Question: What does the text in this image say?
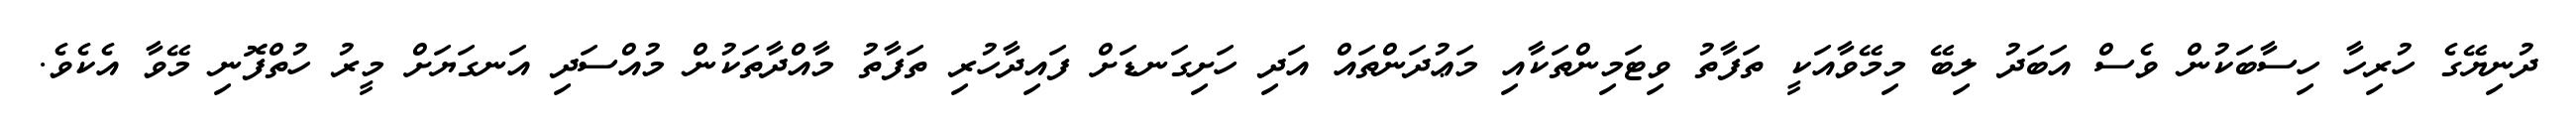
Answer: ދުނިޔޭގެ ހުރިހާ ހިސާބަކުން ވެސް އަބަދު ލިބޭ މިމޭވާއަކީ ތަފާތު ވިޓަމިންތަކާއި މަޢުދަންތައް އަދި ހަށިގަނޑަށް ފައިދާހުރި ތަފާތު މާއްދާތަކުން މުއްސަދި އަނގަޔަށް މީރު ހުތްފޮނި މޭވާ އެކެވެ.